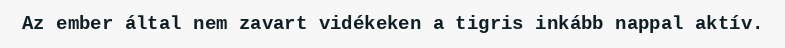
Az ember által nem zavart vidékeken a tigris inkább nappal aktív.